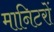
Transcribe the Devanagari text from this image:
मानिटरों